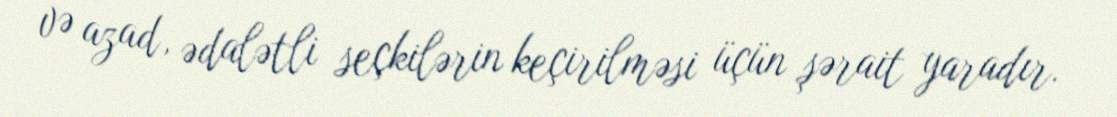
və azad, ədalətli seçkilərin keçirilməsi üçün şərait yaradır.